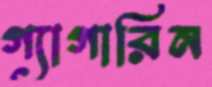
গ্যাগারিন